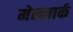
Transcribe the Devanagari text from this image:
मेल्लार्क